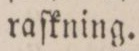
raſkning.